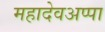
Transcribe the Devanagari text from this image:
महादेवअप्पा